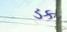
ડક